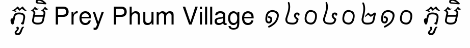
ភូមិ Prey Phum Village ១៤០៤០២១០ ភូមិ